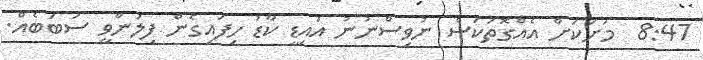
8:47  މަށަކަށް އެއްގޮތަކަސް ނުވިސްނުނު އައިޑީ ކާޑު ހިފައިގެން ފިލަންވީ ސަބަބެއް.